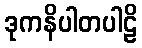
ဒုကနိပါတပါဠိ